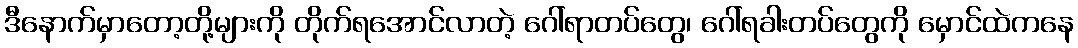
ဒီနောက်မှာတော့တို့များကို တိုက်ရအောင်လာတဲ့ ဂေါ်ရာတပ်တွေ၊ ဂေါ်ရခါးတပ်တွေကို မှောင်ထဲကနေ